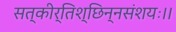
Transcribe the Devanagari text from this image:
सत्कीर्तिश्छिन्नसंशयः।।